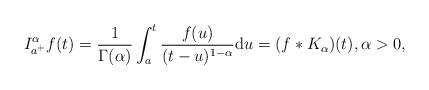
LaTeX: \begin{align*} I^{\alpha}_{a^+} f(t) & =\frac{1}{\Gamma(\alpha)}\int_{a}^t\frac{f(u)}{ (t-u)^{1-\alpha}}\mathrm du = (f \ast K_\alpha )(t), \alpha > 0,\end{align*}